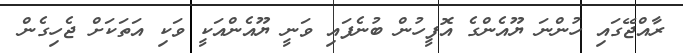
ރާއްޖޭގައި ހުންނަ ޔޫއެންގެ އޮފީހުން ބުނެފައި ވަނީ ޔޫއެންއަކީ ވަކި އަތަކަށް ޖެހިގެން